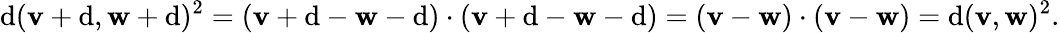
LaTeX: \mathrm{d}(\mathbf{{v}}+\mathbf{{\mathrm{d}}},\mathbf{{w}}+\mathbf{{\mathrm{d}}})^{2}=(\mathbf{{v}}+\mathbf{{\mathrm{d}}}-\mathbf{{w}}-\mathbf{{\mathrm{d}}})\cdot(\mathbf{{v}}+\mathbf{{\mathrm{d}}}-\mathbf{{w}}-\mathbf{{\mathrm{d}}})=(\mathbf{{v}}-\mathbf{{w}})\cdot(\mathbf{{v}}-\mathbf{{w}})=\mathrm{d}(\mathbf{{v}},\mathbf{{w}})^{2}.